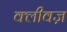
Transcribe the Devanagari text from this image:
क्लीवज़